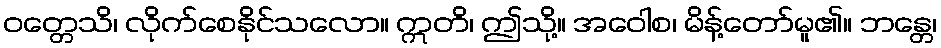
ဝတ္တေသိ၊ လိုက်စေနိုင်သလော။ ဣတိ၊ ဤသို့။ အဝေါစ၊ မိန့်တော်မူ၏။ ဘန္တေ၊